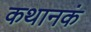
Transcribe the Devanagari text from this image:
कथानकं